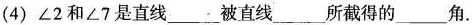
(4) ∠2和∠7是直线___被直线___所截得的___角.